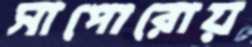
সাপোরোয়